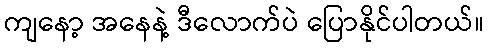
ကျနော့ အနေနဲ့ ဒီလောက်ပဲ ပြောနိုင်ပါတယ်။